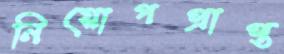
নিয়োগপ্রাপ্ত